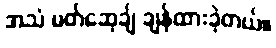
အသံ မတ်ဆေ့ချ် ချန်ထားခဲ့တယ်။